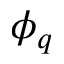
\phi _ { q }